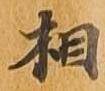
相